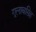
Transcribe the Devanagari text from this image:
गूलाबसिह